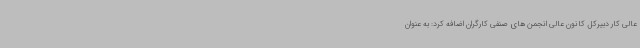
عالی کار دبیرکل کانون عالی انجمن های صنفی کارگران اضافه کرد: به عنوان